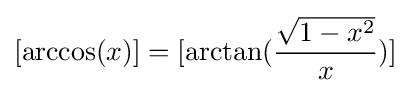
[\arccos(x)]=[\arctan({\frac {\sqrt {1-x^{2}}}{x}})]